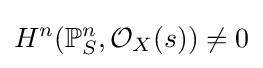
H^{n}(\mathbb {P} _{S}^{n},{\mathcal {O}}_{X}(s))\neq 0